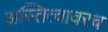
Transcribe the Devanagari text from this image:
अस्तित्वावरच